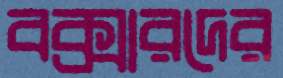
বক্সারদের